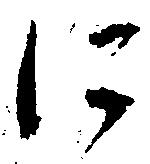
に